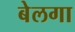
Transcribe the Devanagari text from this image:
बेलगा